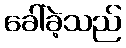
ခေါ်ခဲ့သည်